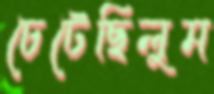
চেটেছিলুম